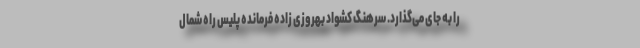
را به جای می‌گذارد. سرهنگ کشواد بهروزی زاده فرمانده پلیس راه شمال